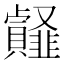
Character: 䪥